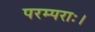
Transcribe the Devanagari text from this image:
परम्पराः।